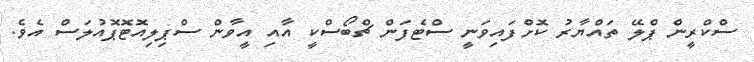
ސްކްރީން ޕްލޭ ތައްޔާރު ކޮށްފައިވަނީ ސްޓެފަން ޗްބޯސްކީ އާއި އީވާން ސްޕިލިއޮޓޮޕޮއުލަސް އެވެ.